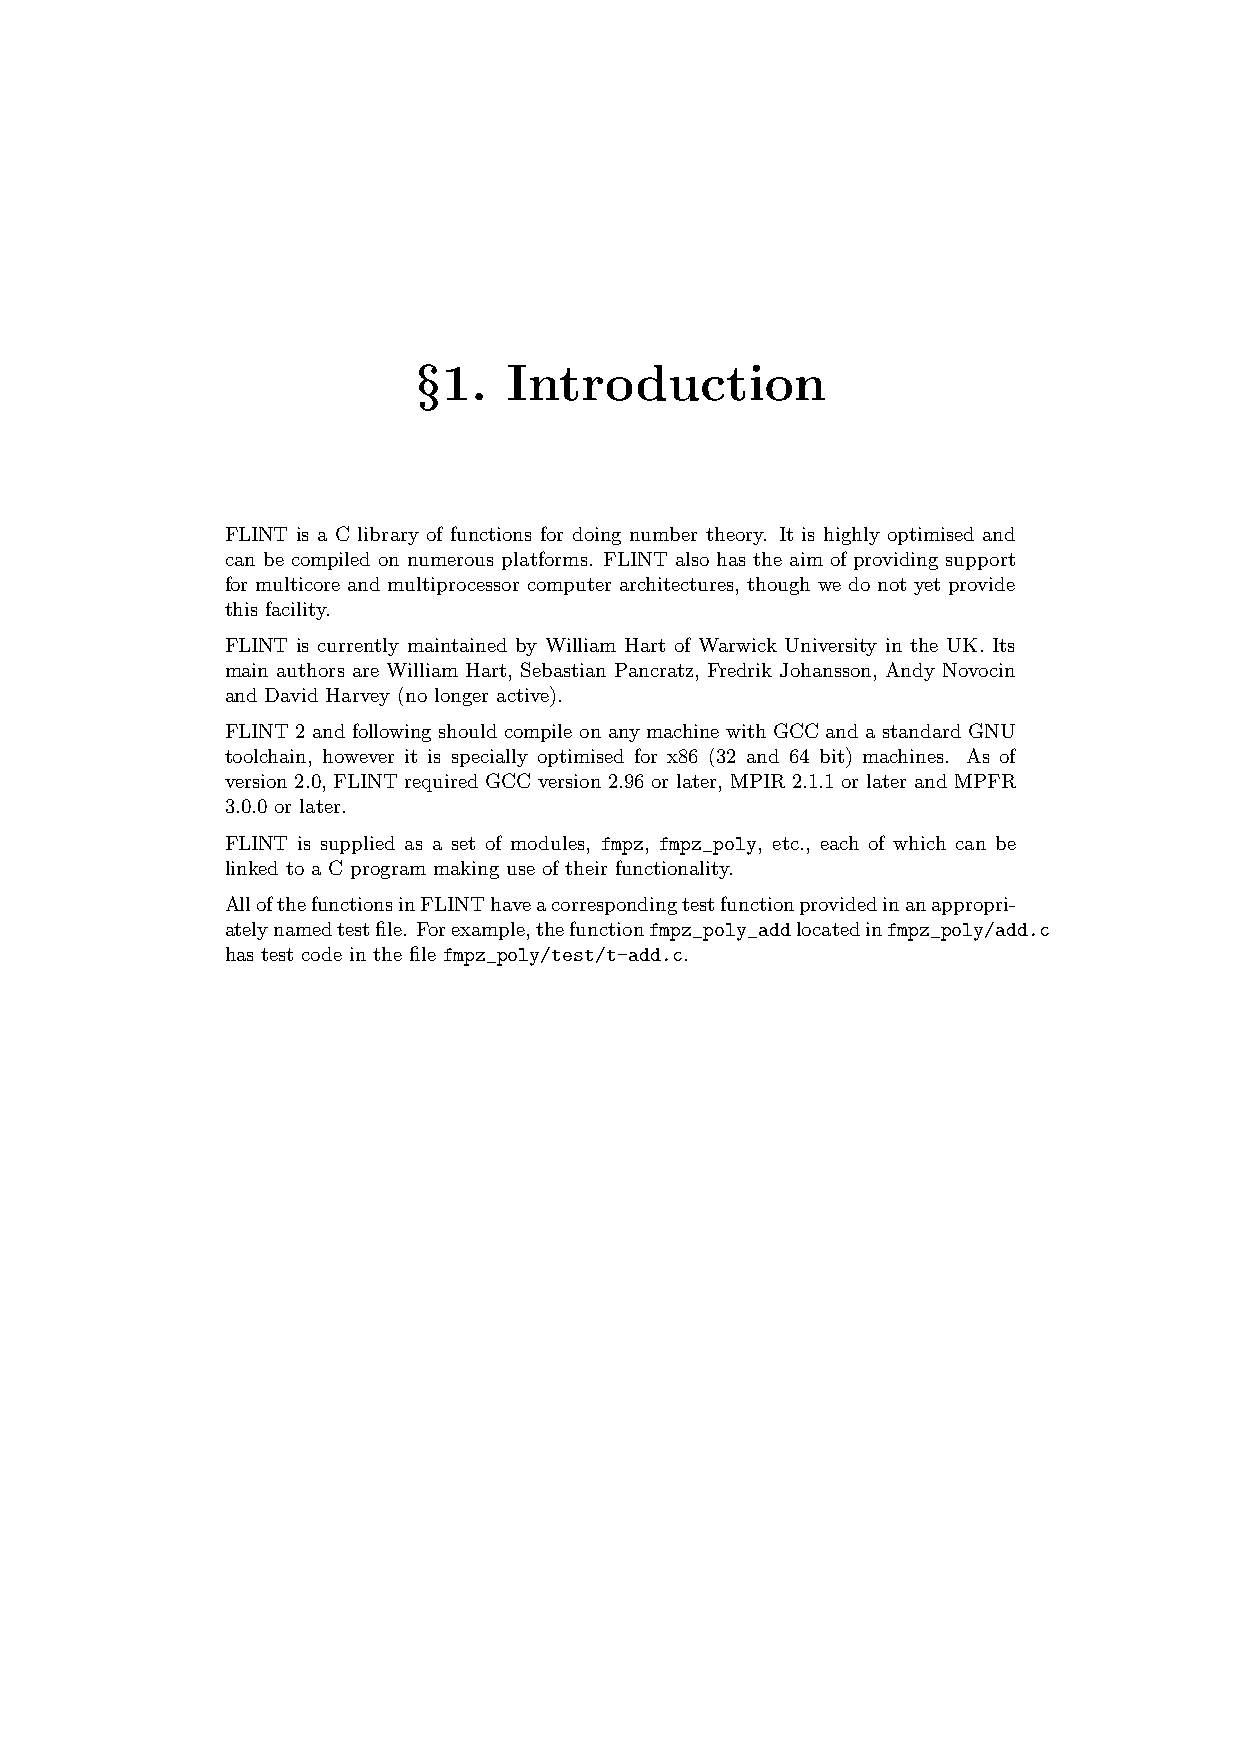
§1.    Introduction
 FLINT is a C library of functions for doing number theory. It is highly optimised and
 can be compiled on numerous platforms. FLINT also has the aim of providing support
 for multicore and multiprocessor computer architectures, though we do not yet provide
 this facility.
 FLINT is currently maintained by William Hart of Warwick University in the UK. Its
 main authors are William Hart, Sebastian Pancratz, Fredrik Johansson, Andy Novocin
 and David Harvey (no longer active).
 FLINT 2 and following should compile on any machine with GCC and a standard GNU
 toolchain, however it is specially optimised for x86 (32 and 64 bit) machines. As of
 version 2.0, FLINT required GCC version 2.96 or later, MPIR 2.1.1 or later and MPFR
 3.0.0 or later.
 FLINT is supplied as a set of modules, fmpz, fmpz_poly, etc., each of which can be
 linked to a C program making use of their functionality.
 AllofthefunctionsinFLINThaveacorrespondingtestfunctionprovidedinanappropri-
 atelynamedtestfile. Forexample,thefunctionfmpz_poly_addlocatedinfmpz_poly/add.c
 has test code in the file fmpz_poly/test/t-add.c.